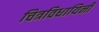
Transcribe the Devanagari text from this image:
चित्रविधायिनी